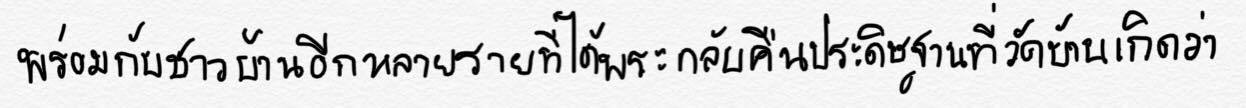
พร้อมกับชาวบ้านอีกหลายรายที่ได้รับพระกลับคืนประดิษฐานที่วัดบ้านเกิดว่า